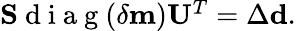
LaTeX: \begin{array}{r}{\mathbf{S}\mathrm{~d~i~a~g~}(\delta\mathbf{m})\mathbf{U}^{T}=\Delta\mathbf{d}.}\end{array}